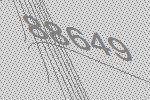
88649